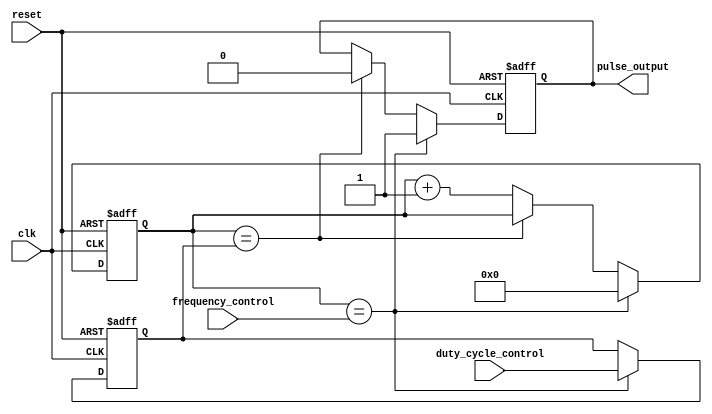
module Variable_Frequency_Pulse_Generator (
    input wire clk,
    input wire reset,
    input wire [15:0] frequency_control,
    input wire [15:0] duty_cycle_control,
    output reg pulse_output
);

reg [15:0] counter;
reg [15:0] pulse_width;

always @(posedge clk or posedge reset) begin
    if (reset) begin
        counter <= 16'h0000;
        pulse_width <= 16'h0000;
        pulse_output <= 1'b0;
    end else begin
        if (counter == frequency_control) begin
            counter <= 16'h0000;
            pulse_width <= duty_cycle_control;
            pulse_output <= 1'b1;
        end else if (counter == pulse_width) begin
            pulse_output <= 1'b0;
        end else begin
            counter <= counter + 1;
        end
    end
end

endmodule